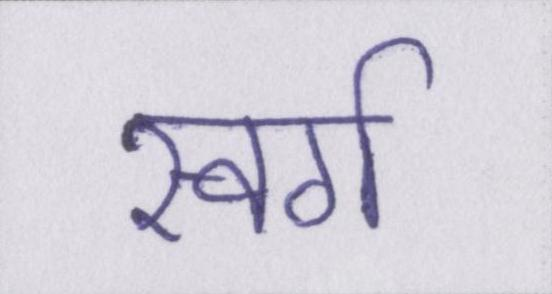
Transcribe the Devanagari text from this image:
स्वर्ग